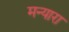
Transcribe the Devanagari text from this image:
मन्यारा